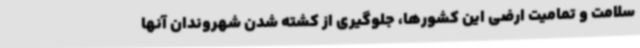
سلامت و تمامیت ارضی این کشورها، جلوگیری از کشته شدن شهروندان آنها